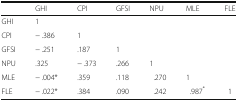
<table><thead><tr><td></td><td><b>GHI</b></td><td><b>CPI</b></td><td><b>GFSI</b></td><td><b>NPU</b></td><td><b>MLE</b></td><td><b>FLE</b></td></tr></thead><tbody><tr><td>GHI</td><td>1</td><td></td><td></td><td></td><td></td><td></td></tr><tr><td>CPI</td><td>− .386</td><td>1</td><td></td><td></td><td></td><td></td></tr><tr><td>GFSI</td><td>− .251</td><td>.187</td><td>1</td><td></td><td></td><td></td></tr><tr><td>NPU</td><td>.325</td><td>− .373</td><td>.266</td><td>1</td><td></td><td></td></tr><tr><td>MLE</td><td>− .004*</td><td>.359</td><td>.118</td><td>.270</td><td>1</td><td></td></tr><tr><td>FLE</td><td>− .022*</td><td>.384</td><td>.090</td><td>.242</td><td>.987<sup>*</sup></td><td>1</td></tr></tbody></table>